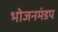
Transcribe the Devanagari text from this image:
भोजनमंडप